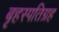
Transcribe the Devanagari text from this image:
बृहस्पतिग्रह